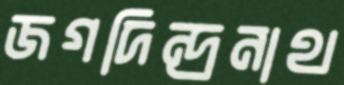
জগদিন্দ্রনাথ